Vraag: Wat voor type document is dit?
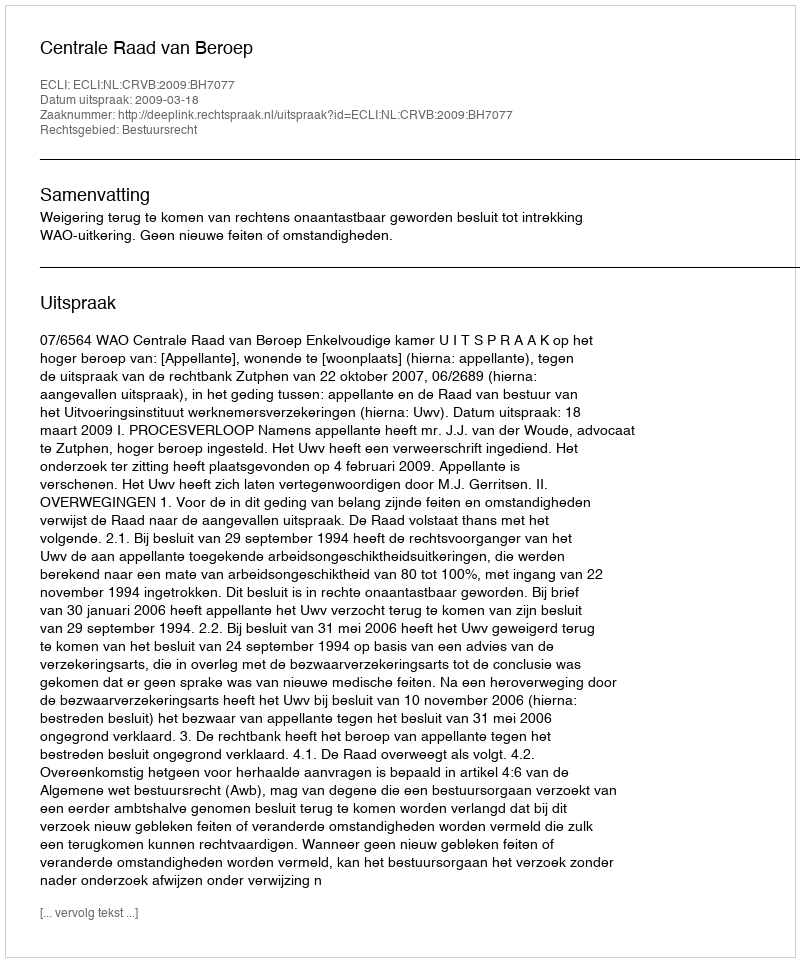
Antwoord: Uitspraak